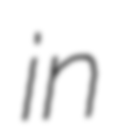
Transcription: in